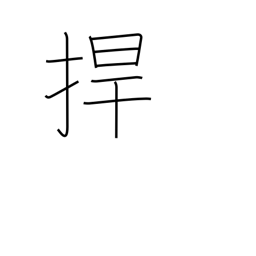
Meaning: protect